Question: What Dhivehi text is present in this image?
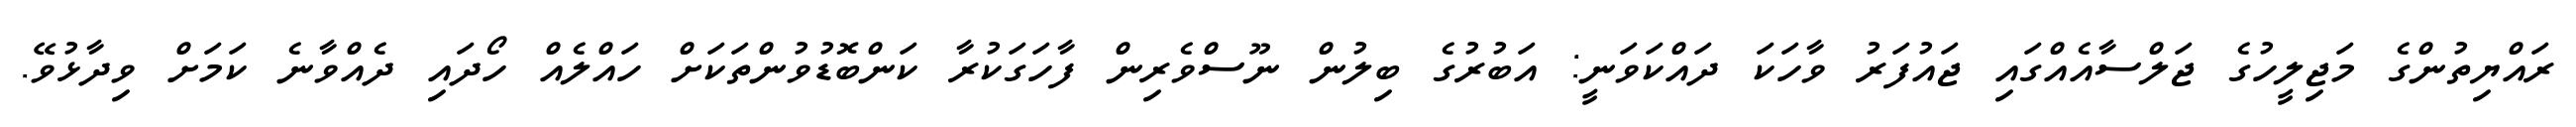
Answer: ރައްޔިތުންގެ މަޖިލީހުގެ ޖަލްސާއެއްގައި ޖައުފަރު ވާހަކަ ދައްކަވަނީ: އަބުރުގެ ބިލުން ނޫސްވެރިން ފާހަގަކުރާ ކަންބޮޑުވުންތަކަށް ހައްލެއް ހޯދައި ދެއްވާނެ ކަމަށް ވިދާޅުވޭ.